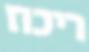
ריכוז